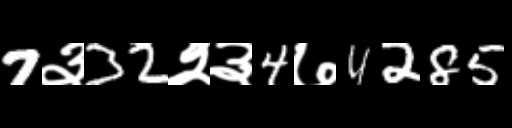
Text: 7३32२३4७4285